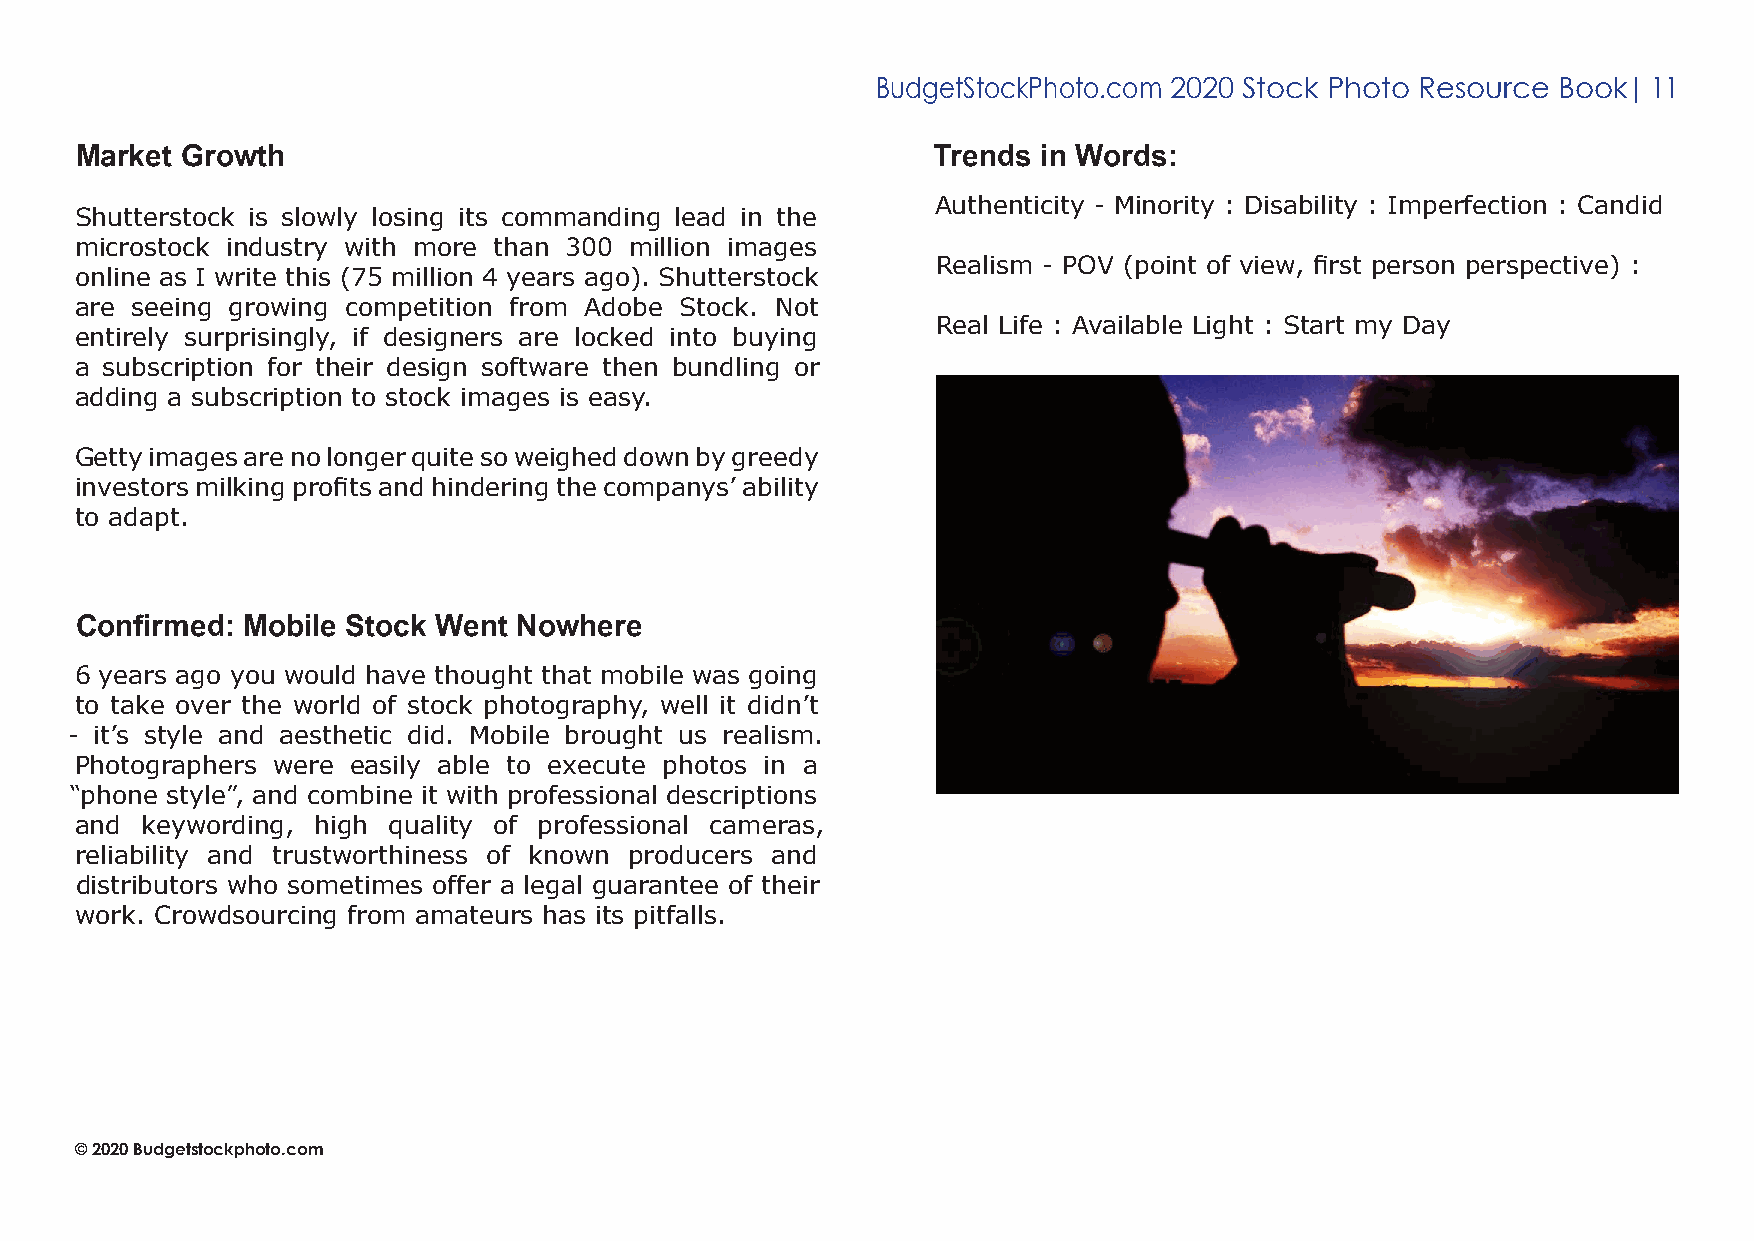
BudgetStockPhoto.com 2020 Stock Photo Resource Book| 11
 Market Growth                                            Trends in Words:
 Authenticity - Minority : Disability : Imperfection : Candid
 Shutterstock is slowly losing its commanding lead in the
 microstock industry with more than 300 million images
 Realism - POV (point of view, first person perspective) :
 online as I write this (75 million 4 years ago). Shutterstock
 are seeing growing competition from Adobe Stock. Not
 Real Life : Available Light : Start my Day
 entirely surprisingly, if designers are locked into buying
 a subscription for their design software then bundling or
 adding a subscription to stock images is easy.
 Getty images are no longer quite so weighed down by greedy
 investors milking profits and hindering the companys’ ability
 to adapt.
 Confirmed: Mobile Stock Went Nowhere
 6 years ago you would have thought that mobile was going
 to take over the world of stock photography, well it didn’t
 - it’s style and aesthetic did. Mobile brought us realism.
 Photographers were easily able to execute photos in a
 “phone style”, and combine it with professional descriptions
 and keywording, high quality of professional cameras,
 reliability and trustworthiness of known producers and
 distributors who sometimes offer a legal guarantee of their
 work. Crowdsourcing from amateurs has its pitfalls.
 © 2020 Budgetstockphoto.com